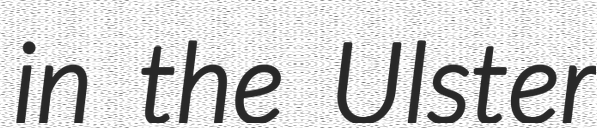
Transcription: in the Ulster